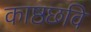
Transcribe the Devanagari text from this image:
काष्ठछवि